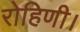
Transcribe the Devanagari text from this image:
रोहिणी।